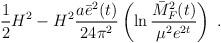
LaTeX: \begin{align*}\frac{1}{2}H^2-H^2\frac{a\bar{e}^2(t)}{24\pi^2}\left(\ln\frac{\bar{M}^2_F(t)}{\mu^2e^{2t}}\right)\;.\end{align*}